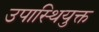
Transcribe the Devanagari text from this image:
उपास्थियुक्त